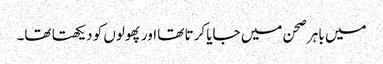
میں باہر صحن میں جایا کرتا تھا اور پھولوں کو دیکھتا تھا۔